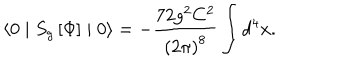
\langle 0 \mid S _ { g } \left[ \Phi \right] \mid 0 \rangle = - \frac { 7 2 g ^ { 2 } C ^ { 2 } } { \left( 2 \pi \right) ^ { 8 } } \int d ^ { 4 } x .